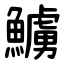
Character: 䲐